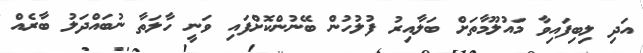
އަދި ލިބިފައިވާ މައުލޫމާތަށް ބަލާއިރު ފުލުހުން ބޭނުންކޮށްފައި ވަނީ ހާލަތާ ނުބައްދަލު ބާރެއް